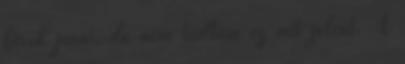
bírok járni, de nem tudtam ez mit jelent. A